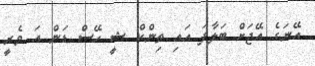
އޭނަގެ އޭޖަށް ބަލާފަ އައި ތިންކް ޝީ ހޭސް ޑަން އަ ވެރީ